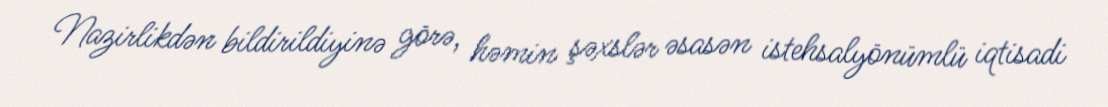
Nazirlikdən bildirildiyinə görə, həmin şəxslər əsasən istehsalyönümlü iqtisadi